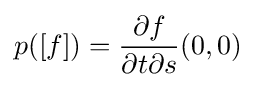
p([f])={\frac {\partial f}{{\partial t}{\partial s}}}(0,0)